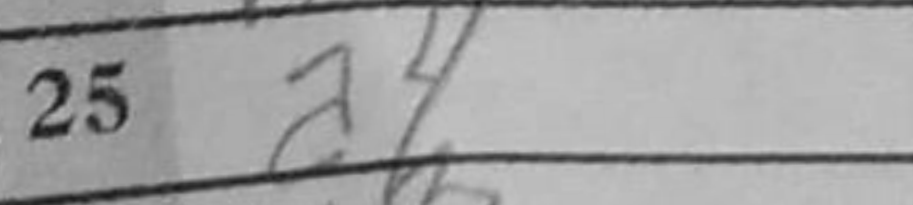
Transcription: a4